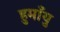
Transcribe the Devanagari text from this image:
हुमाँयु